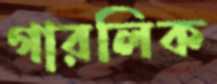
গারলিক